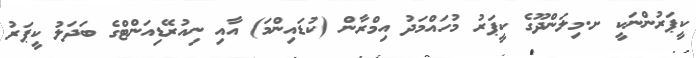
ކީޕަރުންނަކީ ށ.މިލަންދޫގެ ކީޕަރު މުހައްމަދު އިމްރާން (ކުޑައިންމަ) އާއި ނިއުރޭޑިއަންޓްގެ ބަދަލު ކީޕަރު